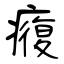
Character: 癁